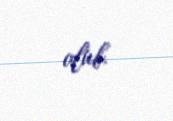
olub.